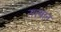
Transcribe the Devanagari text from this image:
सरबान